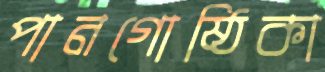
পানগোষ্ঠিকা